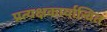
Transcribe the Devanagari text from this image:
प्रत्यक्षकार्यान्वित